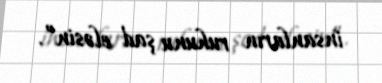
insanların ruhunu şad eləsin”.